Report of the Imperial Institute of Veterinary Research, Muktesar
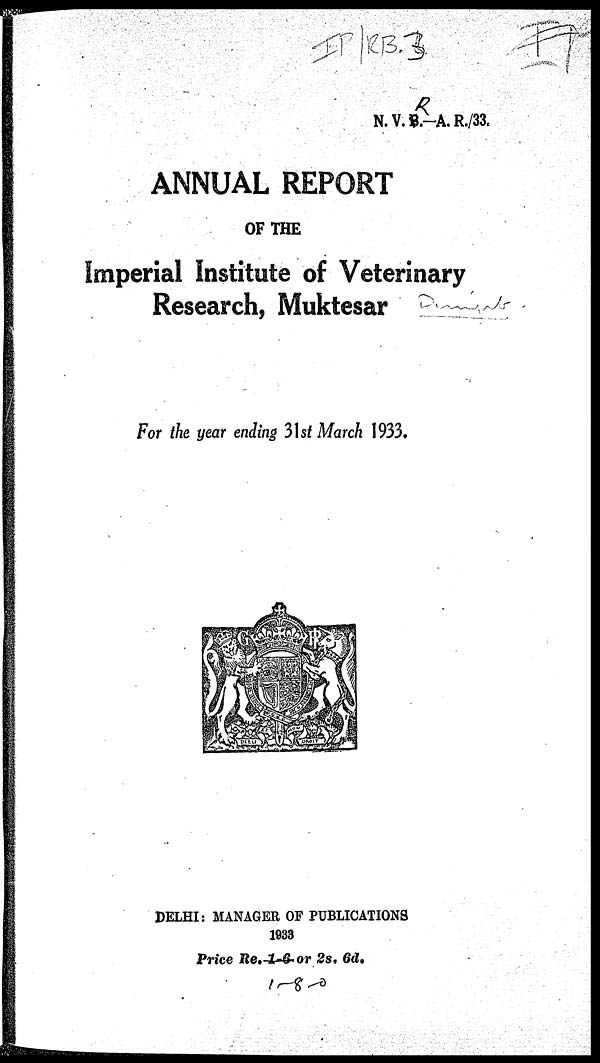
N.V.B.—A.R./33.
ANNUAL REPORT
OF THE
Imperial Institute of Veterinary
Research, Muktesar
For the year ending 31st March 1933.
DELHI: MANAGER OF PUBLICATIONS
1933
Price Re.1-6- or 2s. 6d.